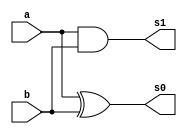
//-----------------------------
// Nome: Silvino Henrique Santos de Souza
// Matrcula: 412773
//-----------------------------

//-----------------------------
//------ GUIA 03 - 01----------
//-----------------------------


module meiaSoma(s0 ,s1 ,a ,b);

	output s0, s1;
	input  a, b;
		
	xor XOR1 (s0, a, b);              // NAO ERA O MODELO COMPACTO
	and AND1 (s1, a, b);
	

	
endmodule // fim do modulo


module TestemeiaSoma;

	reg a, b ;
	wire s0, s1;
	
	//instancia
	meiaSoma SOMA1 (s0, s1, a, b);
	
	
 	initial begin:start
      a = 0; b = 0;
 	end

          // parte principal
 	initial begin:main
      $display("Guia 03 - 01 - Silvino Henrique Santos de Souza - 412773");
      $display("MEIA SOMA");
      $display("\nA + B = S\n");
      $monitor("%b + %b  = %b %b ", a , b ,s1 ,s0);
  #1  a = 0; b = 1;
  #1  a = 1; b = 0;  
  #1  a = 1; b = 1;
 	end
endmodule // fim main

/*Guia 03 - 01 - Silvino Henrique Santos de Souza - 412773
    MEIA SOMA
    
    A + B = S
    
    0 + 0  = 0 0 
    0 + 1  = 0 1 
    1 + 0  = 0 1 
    1 + 1  = 1 0*/